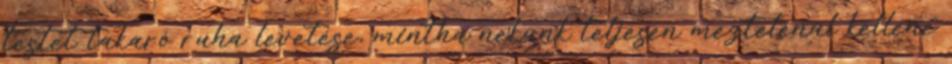
testet takaró ruha levetése, mintha nekünk teljesen meztelenül kellene